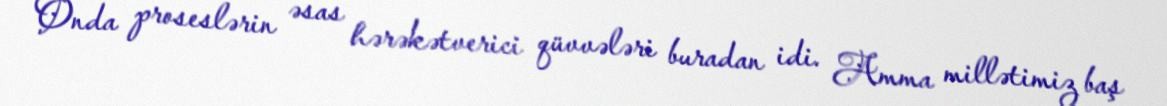
Onda proseslərin əsas hərəkətverici qüvvələri buradan idi. Amma millətimiz baş